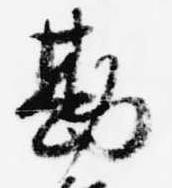
勘